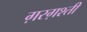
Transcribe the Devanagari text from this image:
ग़रग़श्ती